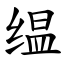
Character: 缊